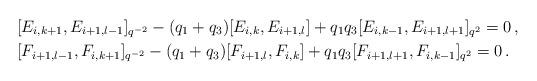
LaTeX: \begin{align*}&[E_{i,k+1},E_{i+1,l-1}]_{q^{-2}}-(q_1+q_3)[E_{i,k},E_{i+1,l}]+q_1q_3[E_{i,k-1},E_{i+1,l+1}]_{q^{2}}=0\,,\\&[F_{i+1,l-1},F_{i,k+1}]_{q^{-2}}-(q_1+q_3)[F_{i+1,l},F_{i,k}]+q_1q_3[F_{i+1,l+1},F_{i,k-1}]_{q^{2}}=0\,.\end{align*}